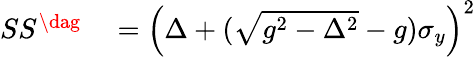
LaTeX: \begin{array}{rl}{SS^{\dag}}&{{}=\left(\Delta+(\sqrt{g^{2}-\Delta^{2}}-g)\sigma_{y}\right)^{2}}\end{array}